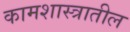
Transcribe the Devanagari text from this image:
कामशास्त्रातील